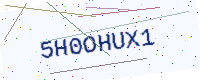
Text: 5H0OHUX1